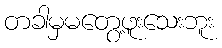
တခါမှမတွေ့ဖူးသေးဘူး